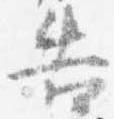
告